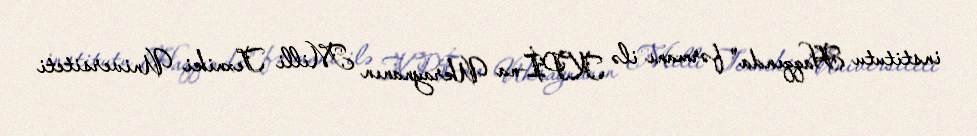
institutu Haqqında" fərmanı ilə KPİ-na Ukraynanın Milli Texniki Universiteti